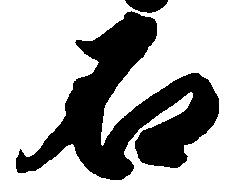
石